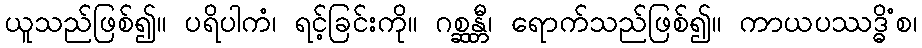
ယူသည်ဖြစ်၍။ ပရိပါကံ၊ ရင့်ခြင်းကို။ ဂစ္ဆန္တီ၊ ရောက်သည်ဖြစ်၍။ ကာယပဿဒ္ဓိံစ၊